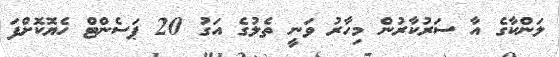
ލަންކާގެ އާ ސަރުކާރުން މިހާރު ވަނީ ތެލުގެ އަގު 20 ޕަސެންޓް ހެޔޮކޮށްފަ